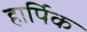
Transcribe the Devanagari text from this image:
हार्पिक